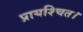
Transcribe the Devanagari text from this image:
प्रायश्चित।